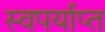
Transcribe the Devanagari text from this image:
स्वपर्याप्त